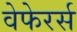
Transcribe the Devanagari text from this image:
वेफेरर्स